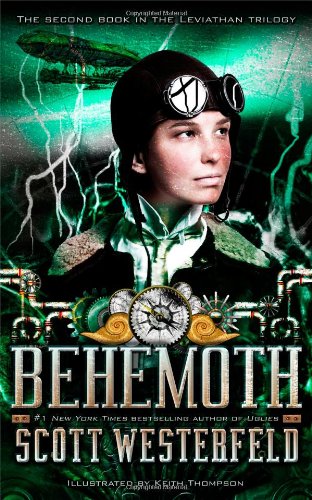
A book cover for Behemoth (The Leviathan Trilogy); Scott Westerfeld; Teen & Young Adult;